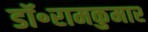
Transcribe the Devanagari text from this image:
डॉ॰रामकुमार